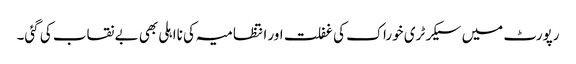
رپورٹ میں سیکرٹری خوراک کی غفلت اور انتظامیہ کی نااہلی بھی بے نقاب کی گئی۔